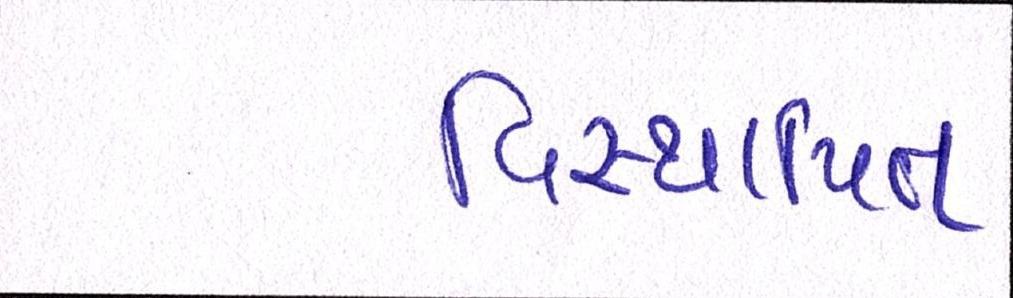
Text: વિસ્થાપિત